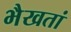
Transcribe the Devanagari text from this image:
भैखतां